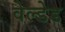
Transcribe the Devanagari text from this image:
वेल्डेड